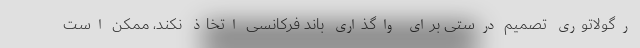
رگولاتوری تصمیم درستی برای واگذاری باند فرکانسی اتخاذ نکند، ممکن است